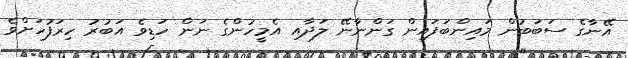
އޭނާގެ ސަބަބުން މައިންބަފައިން ގަންނާނޭ ލަދާއި އެމީހުންގެ ނަން ހަޑިވެ އަބުރު ހިރަފުހަށްވެ